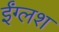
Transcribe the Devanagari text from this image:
ईंग्लश